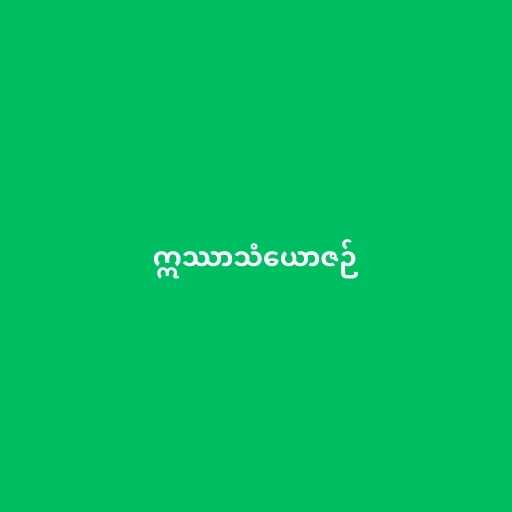
ဣဿာသံယောဇဉ်